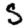
Digit: 5